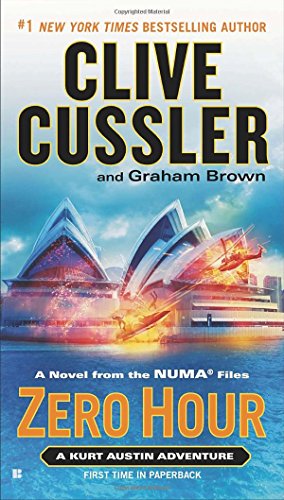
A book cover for Zero Hour (The NUMA Files); Clive Cussler; Literature & Fiction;